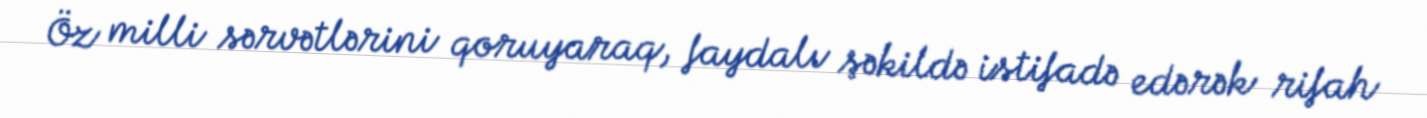
Öz milli sərvətlərini qoruyaraq, faydalı şəkildə istifadə edərək rifah